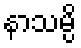
နာသမ္ပိ